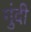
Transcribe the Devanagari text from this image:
गुंदी